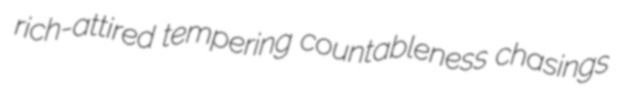
rich-attired tempering countableness chasings